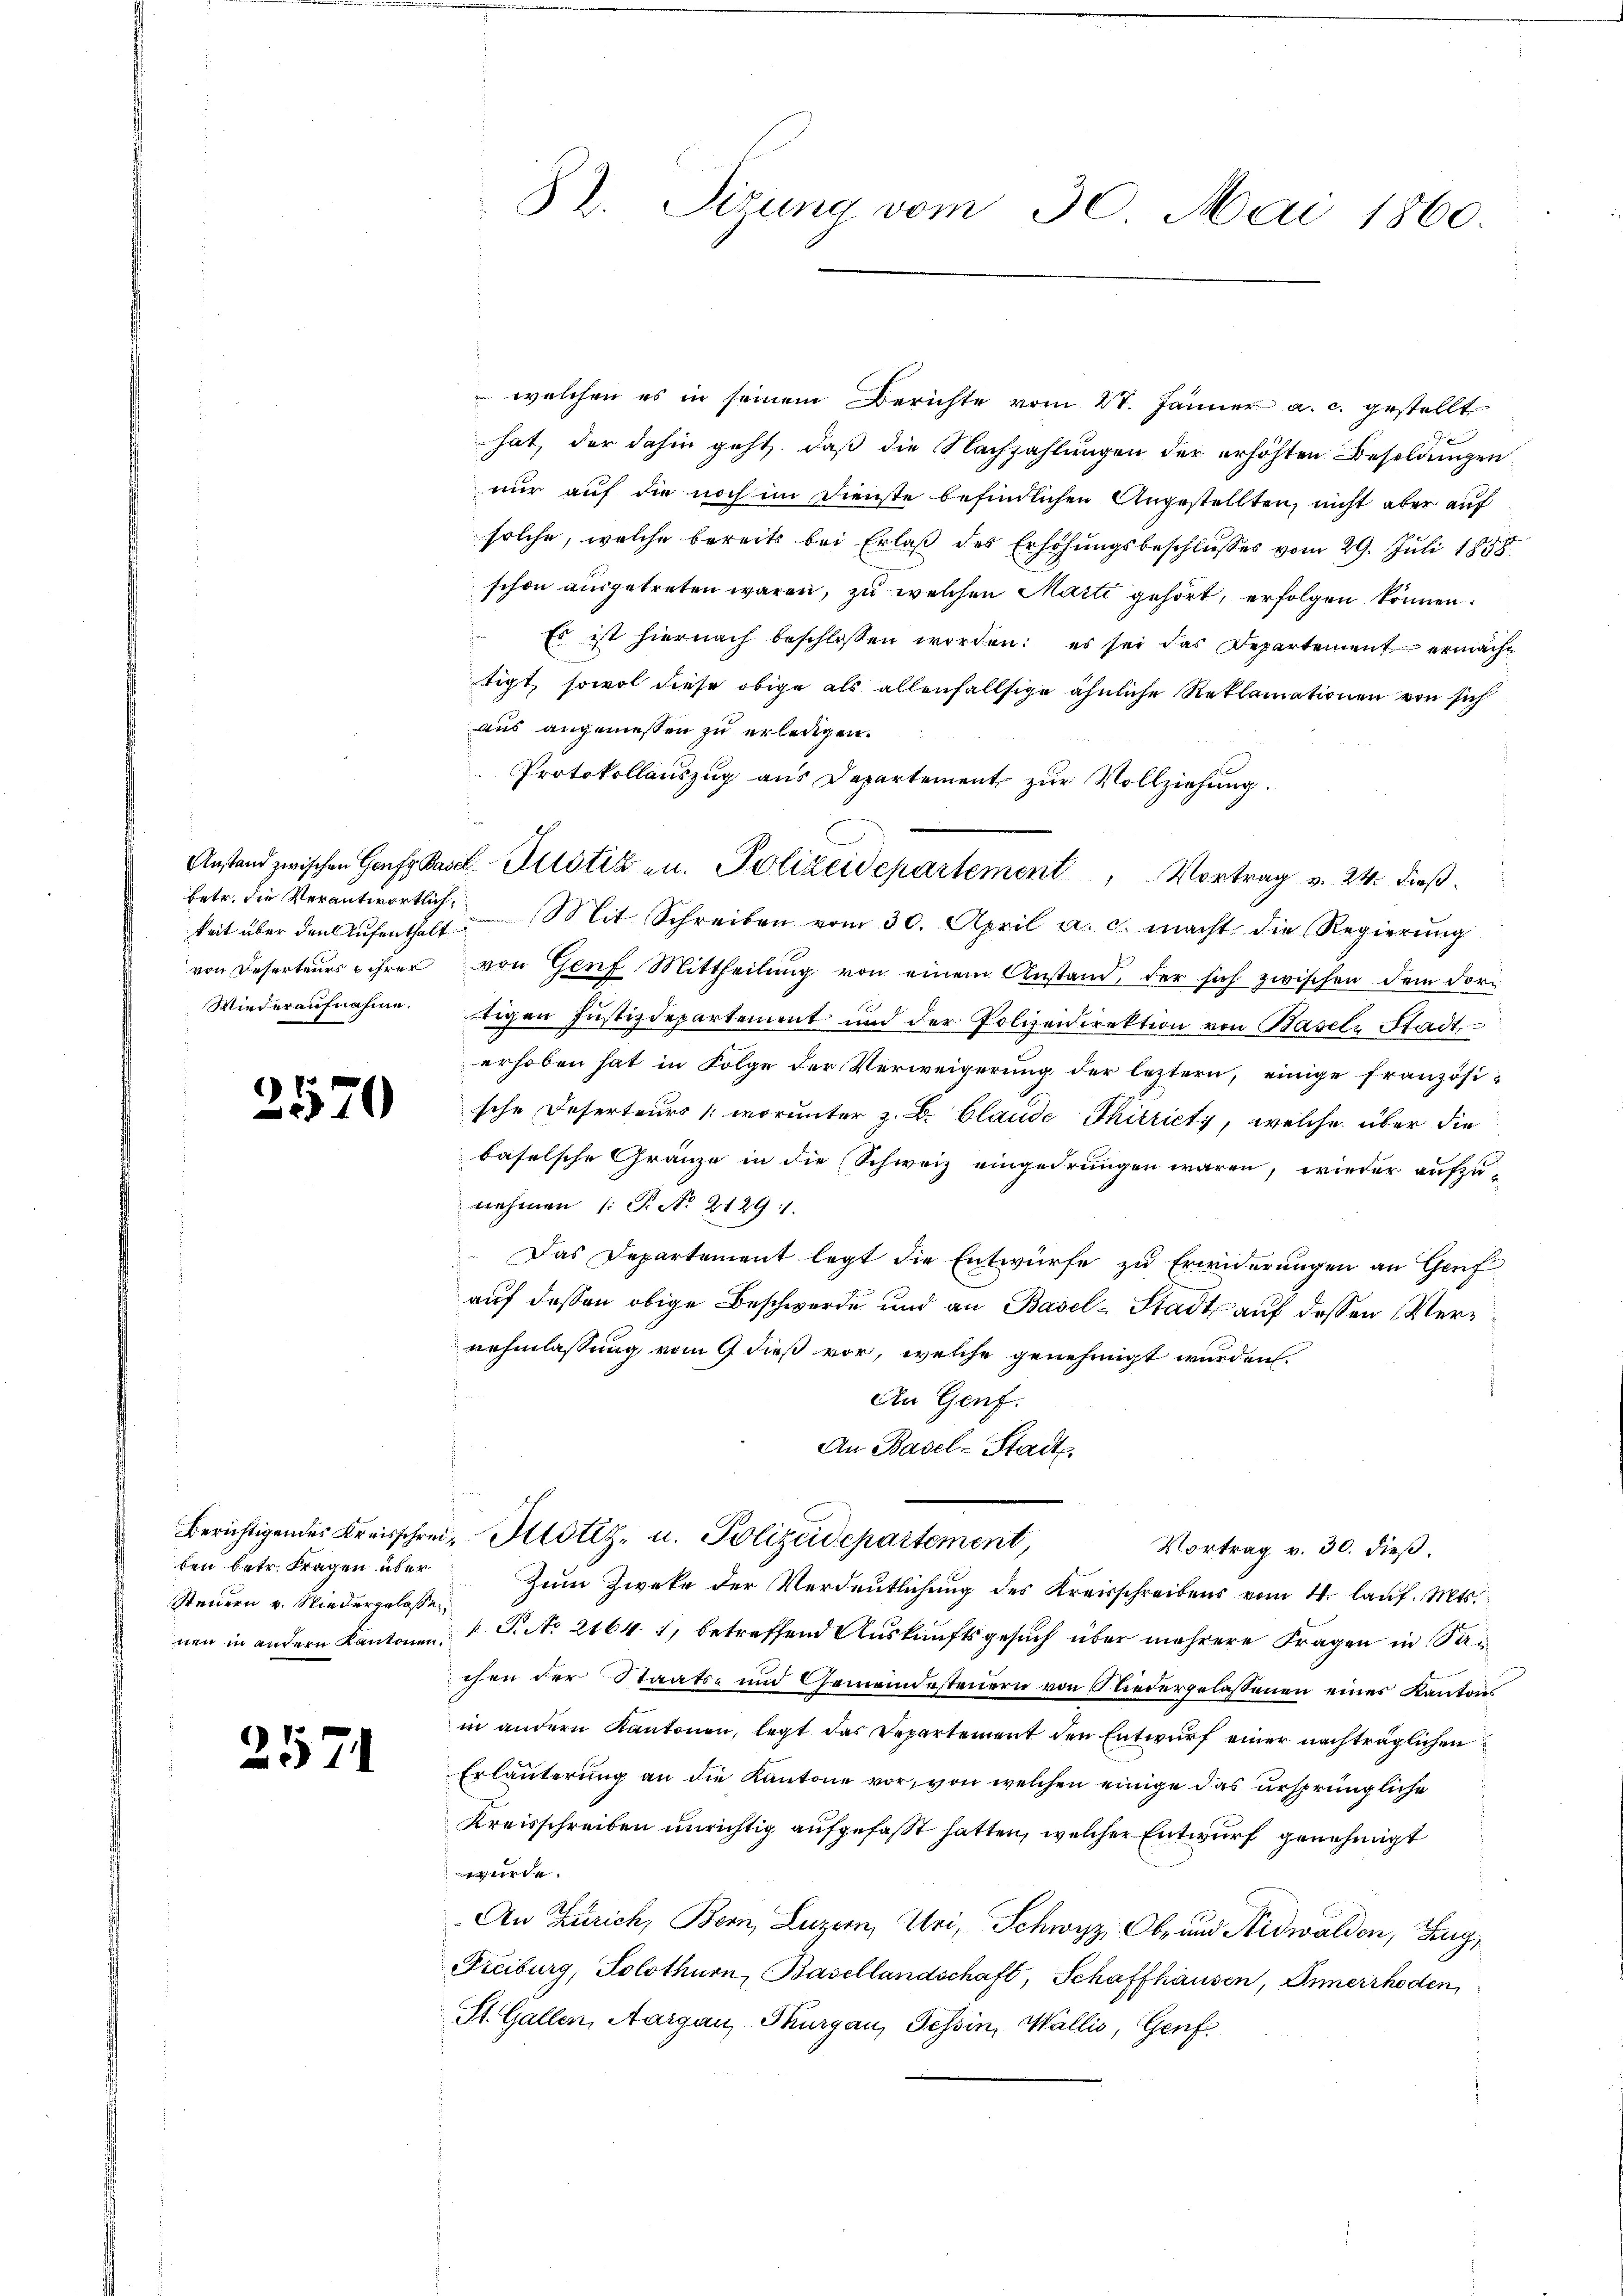
betr. die Verantwortlich,

2570

ben betr. Fragen über
Steuern u. Niedergelassen

2571

87. Sizung vom 30. Mai 1860.

welchen es in seinem Berichte vom 27. Jänner a. c. gestellt
hat, der dahin geht, daß die Nachzahlungen der erhöhten Besoldungen
nur auf die noch im Dienste befindlichen Angestellten, nicht aber auf
solche, welche bereits bei Erlaβ des Erhöhŭngsbeschlŭsses vom 29. Jŭli 1858.
schon ausgetreten wären, zu welchen Marti gehört, erfolgen können.
Es ist hiernach beschlossen worden: es sei das Departement ermächt
tigt, sowol diese obige als allenfallsige ähnliche Reklamationen von sich
aus angeniessen zu erledigen.
Protokollauszug aus Departement zur Vollziehung.
keit über den Aŭfenthalt. Mit Schreiben vom 30. April a. c. macht die Regierŭng
von Deserteurs ihrer von Genf Mittheilŭng von einem Anstand, der sich zwischen dem dor¬
Wiederaufnahme. Eigen Justizdepartement und der Polizeidirektion von Basel Stadt
erhoben hat in Folge der Verweigerung der leztern, einige französische Deserteurs (worunter z. B. Blaude Thitricts, welche über die
baselsche Gränze in die Schweiz eingedrungen wären, wieder aufzu-
nehmen (: P. N. 21291.
Das Departement legt die Entwürfe zu Erwiderungen an Genf
auf dessen obige Beschwerde und an Basel-Stadt auf dessen Verrehmlassung vom 9 dieß vor, welche genehmigt wurden.
An Genf.
An Basel-Stadt.
h
Berichtigendes Kreisschrei Motiz u. Polizeidepartement,
Vortrag v. 30. dieβ.
Zum Zwecke der Verdeutlichung des Kreisschreibens vom 4. lauf. Mts.
nen in andern Kantonen S. to 2164 1, betreffend Auskunftsgesuch über mehrere Fragen in Sachen der Staats- und Gemeindesteuern von Niedergelassenen eines Kantons
in andern Kantonen, legt das Departement den Entwurf einer nachträglichen
Erläuterung an die Kantone vor, von welchen einige das ursprüngliche
Kreisschreiben unrichtig aufgefaßt hatten, welcher Entwurf genehmigt
nete.
An Zürich, Bern, Luzern, Uri, Schwyz, Ob- und Nidwalden, Zug,
Freiburg, Solothurn, Basellandschaft, Schaffhausen, Innerrhoden,
St. Gallen, Aargau, Thurgau, Tessin, Wallis, Genf

1

Anstand zwischen Genf, Basel Milotiz zu. Polizeidepartement, Vortrag v. 24. dieβ